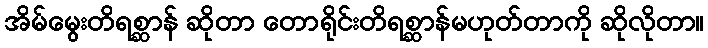
အိမ်မွေးတိရစ္ဆာန် ဆိုတာ တောရိုင်းတိရစ္ဆာန်မဟုတ်တာကို ဆိုလိုတာ။